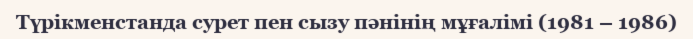
Түрікменстанда сурет пен сызу пәнінің мұғалімі (1981 – 1986)